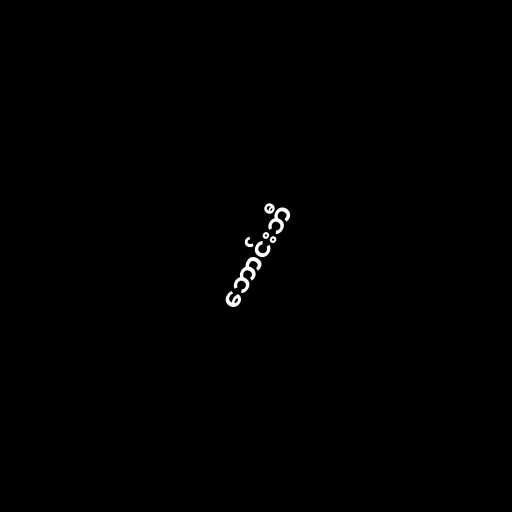
ဘောင်းဘီ